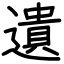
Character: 遺